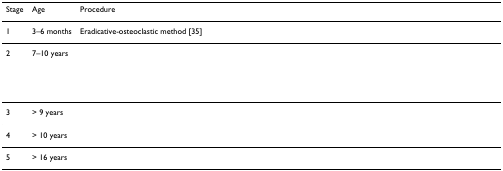
<table><thead><tr><td><b>Stage</b></td><td><b>Age</b></td><td><b>Procedure</b></td></tr></thead><tbody><tr><td>1</td><td>3–6 months</td><td>Eradicative-osteoclastic method [35]</td></tr><tr><td>2</td><td>7–10 years</td><td>[EMPTY_CELL]</td></tr><tr><td>3</td><td>&gt; 9 years</td><td>[EMPTY_CELL]</td></tr><tr><td>4</td><td>&gt; 10 years</td><td>[EMPTY_CELL]</td></tr><tr><td>5</td><td>&gt; 16 years</td><td>[EMPTY_CELL]</td></tr></tbody></table>